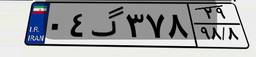
۰۴گ۳۷۸۲۹